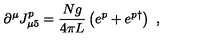
\partial ^ { \mu } J _ { \mu 5 } ^ { p } = \frac { N g } { 4 \pi L } \left( e ^ { p } + e ^ { p \dagger } \right) \ ,